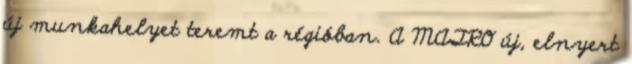
új munkahelyet teremt a régióban. A MATRO új, elnyert